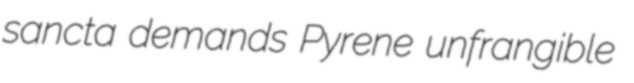
sancta demands Pyrene unfrangible